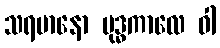
သရမာနော ဗုဒ္ဓကာလေ ဝါ